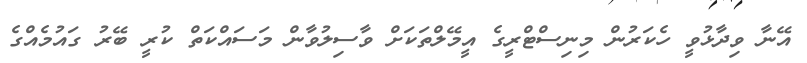
އޭނާ ވިދާޅުވީ ހެކަރުން މިނިސްޓްރީގެ އީމޭލްތަކަށް ވާސިލުވާން މަސައްކަތް ކުރީ ބޭރު ގައުމެއްގެ